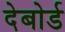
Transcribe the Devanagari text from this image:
देबोर्ड